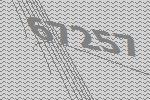
67257